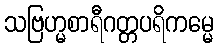
သဗြဟ္မစာရီဂတ္တပရိကမ္မေ